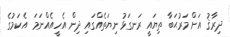
ދިރާޤު އަށް މަރުޙަބާ ތިޔައީ ރަނގަޅު ނިޔަތެއްގައި ދިން އެހީއެއްނަމަ  އެކަމުގެ